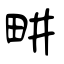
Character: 畊